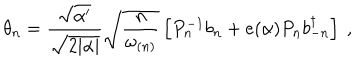
LaTeX: \theta _ { n } = \frac { \sqrt { \alpha ^ { \prime } } } { \sqrt { 2 | \alpha | } } \sqrt { \frac { n } { \omega _ { ( n ) } } } \left[ P _ { n } ^ { - 1 } b _ { n } + e ( \alpha ) P _ { n } b _ { - n } ^ { \dagger } \right] ~ ,